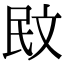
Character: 𭤙